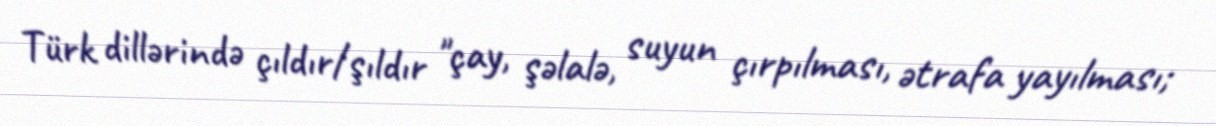
Türk dillərində çıldır/şıldır "çay, şəlalə, suyun çırpılması, ətrafa yayılması;